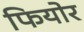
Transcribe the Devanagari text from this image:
फियोर